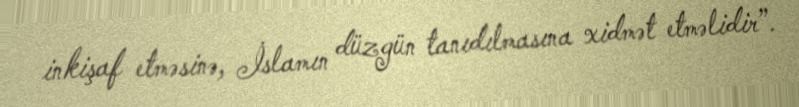
inkişaf etməsinə, İslamın düzgün tanıdılmasına xidmət etməlidir”.